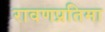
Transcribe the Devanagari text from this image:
रावणप्रतिमा